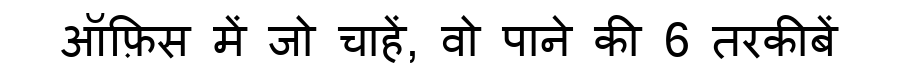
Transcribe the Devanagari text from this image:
ऑफ़िस में जो चाहें, वो पाने की 6 तरकीबें